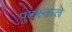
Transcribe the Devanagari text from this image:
पुरस्कते